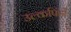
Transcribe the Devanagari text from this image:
उल्कपिंडों